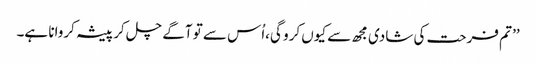
’’ تم فرحت کی شادی مجھ سے کیوں کرو گی،اُس سے تو آگے چل کر پیشہ کروانا ہے۔